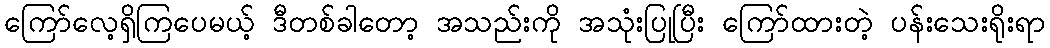
ကြော်လေ့ရှိကြပေမယ့် ဒီတစ်ခါတော့ အသည်းကို အသုံးပြုပြီး ကြော်ထားတဲ့ ပန်းသေးရိုးရာ